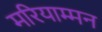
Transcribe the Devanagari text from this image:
मरियाम्मन